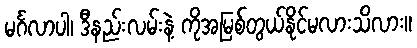
မင်္ဂလာပါ၊ ဒီနည်းလမ်းနဲ့ ကိုအမြစ်တွယ်နိုင်မလားသိလား။